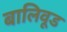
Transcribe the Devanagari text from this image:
बालिवूड